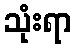
သုံးရာ